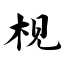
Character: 枧